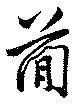
簡